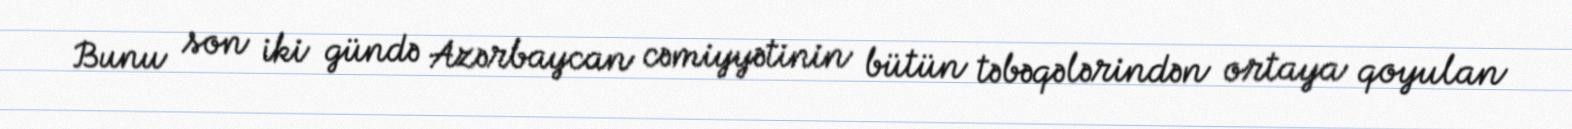
Bunu son iki gündə Azərbaycan cəmiyyətinin bütün təbəqələrindən ortaya qoyulan